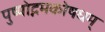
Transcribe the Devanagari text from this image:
पुष्पोद्गमकोषधम्